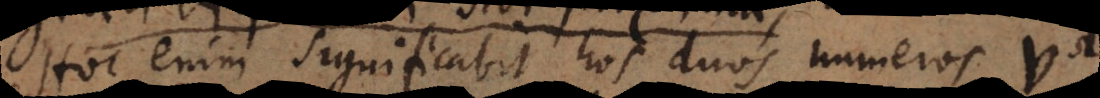
Hoc enim significabit hos duos numeros v,